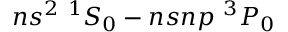
n s ^ { 2 } ~ { } ^ { 1 } S _ { 0 } - n s n p ~ { } ^ { 3 } P _ { 0 }